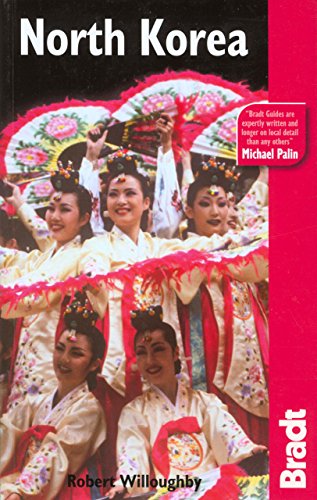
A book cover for North Korea, 2nd Edition (Bradt Travel Guides); Robert Willoughby; Travel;